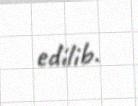
edilib.